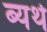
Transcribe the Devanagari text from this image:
ब्यर्थ